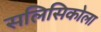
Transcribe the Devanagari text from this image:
सलिसिकोला